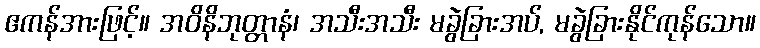
ဧကန်အားဖြင့်။ အဝိနိဘုတ္တာနံ၊ အသီးအသီး မခွဲခြားအပ်, မခွဲခြားနိုင်ကုန်သော။